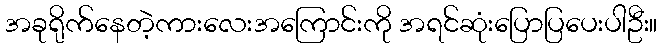
အခုရိုက်နေတဲ့ကားလေးအကြောင်းကို အရင်ဆုံးပြောပြပေးပါဦး။